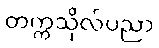
တက္ကသိုလ်ပညာ